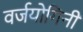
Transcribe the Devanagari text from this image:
वर्जयोगिनी